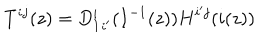
T ^ { i j } ( z ) = { D _ { 1 } ^ { i } } _ { i ^ { \prime } } ( I ^ { - 1 } ( z ) ) H ^ { i ^ { \prime } j } ( i ( z ) )